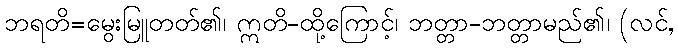
ဘရတိ=မွေးမြူတတ်၏၊ ဣတိ-ထို့ကြောင့်၊ ဘတ္တာ-ဘတ္တာမည်၏၊ (လင်,